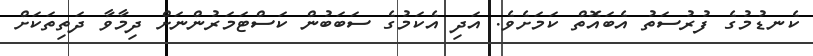
ކެނޑުމުގެ ފުރުސަތު އެބައޮތް ކަމަށެވެ. އަދި އެކަމުގެ ސަބަބުން ކަސްޓަމަރުންނަށް ދިމާވާ ދަތިތަކަށް